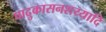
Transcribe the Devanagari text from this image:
पादुकासनशय्यादि